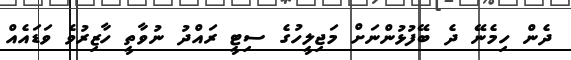
ދެން ހިމެނޭ ދެ ބޭފުޅުންނަށް މަޖިލީހުގެ ސިޓީ ރައްދު ނުވާތީ ހާޒިރުވެ ވަޑައެއް